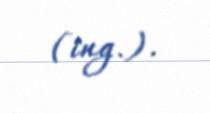
(ing.).